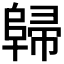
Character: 𨺔